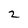
Character: 2